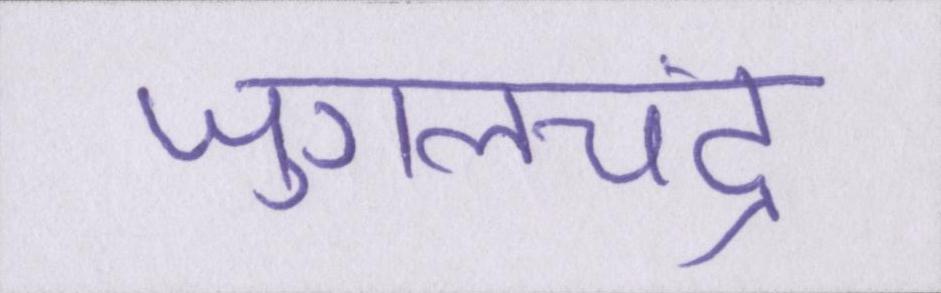
जुगलचंद्र